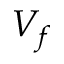
V _ { f }